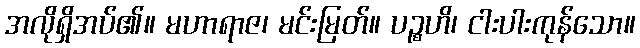
အလိုရှိအပ်၏။ မဟာရာဇ၊ မင်းမြတ်။ ပဉ္စဟိ၊ ငါးပါးကုန်သော။